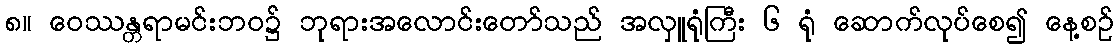
၈။ ဝေဿန္တရာမင်းဘဝ၌ ဘုရားအလောင်းတော်သည် အလှူရုံကြီး ၆ ရုံ ဆောက်လုပ်စေ၍ နေ့စဉ်